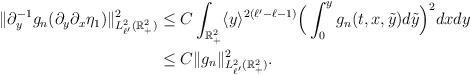
LaTeX: \begin{align*}\|\partial_y^{-1} g_{n} (\partial_y \partial_x \eta_1)\|_{L^2_{\ell'}(\mathbb{R}^2_+)}^2 & \le C\int_{\mathbb{R}^2_+}\langle y \rangle^{2(\ell' - \ell-1)}\Big(\int^y_0 g_n (t, x, \tilde y)d\tilde y \Big)^2 dx dy\\& \le C\| g_{n} \|_{L^2_{\ell'}(\mathbb{R}^2_+)}^2.\end{align*}